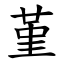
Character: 堇